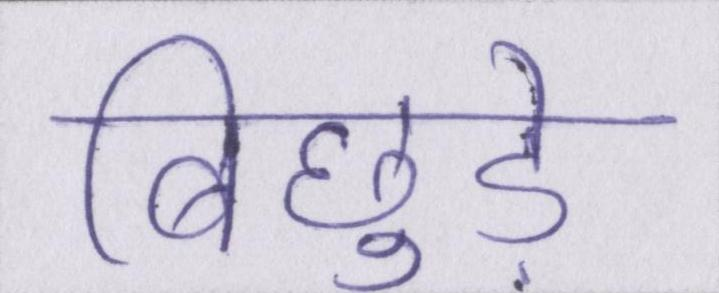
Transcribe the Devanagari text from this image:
बिछुड़े